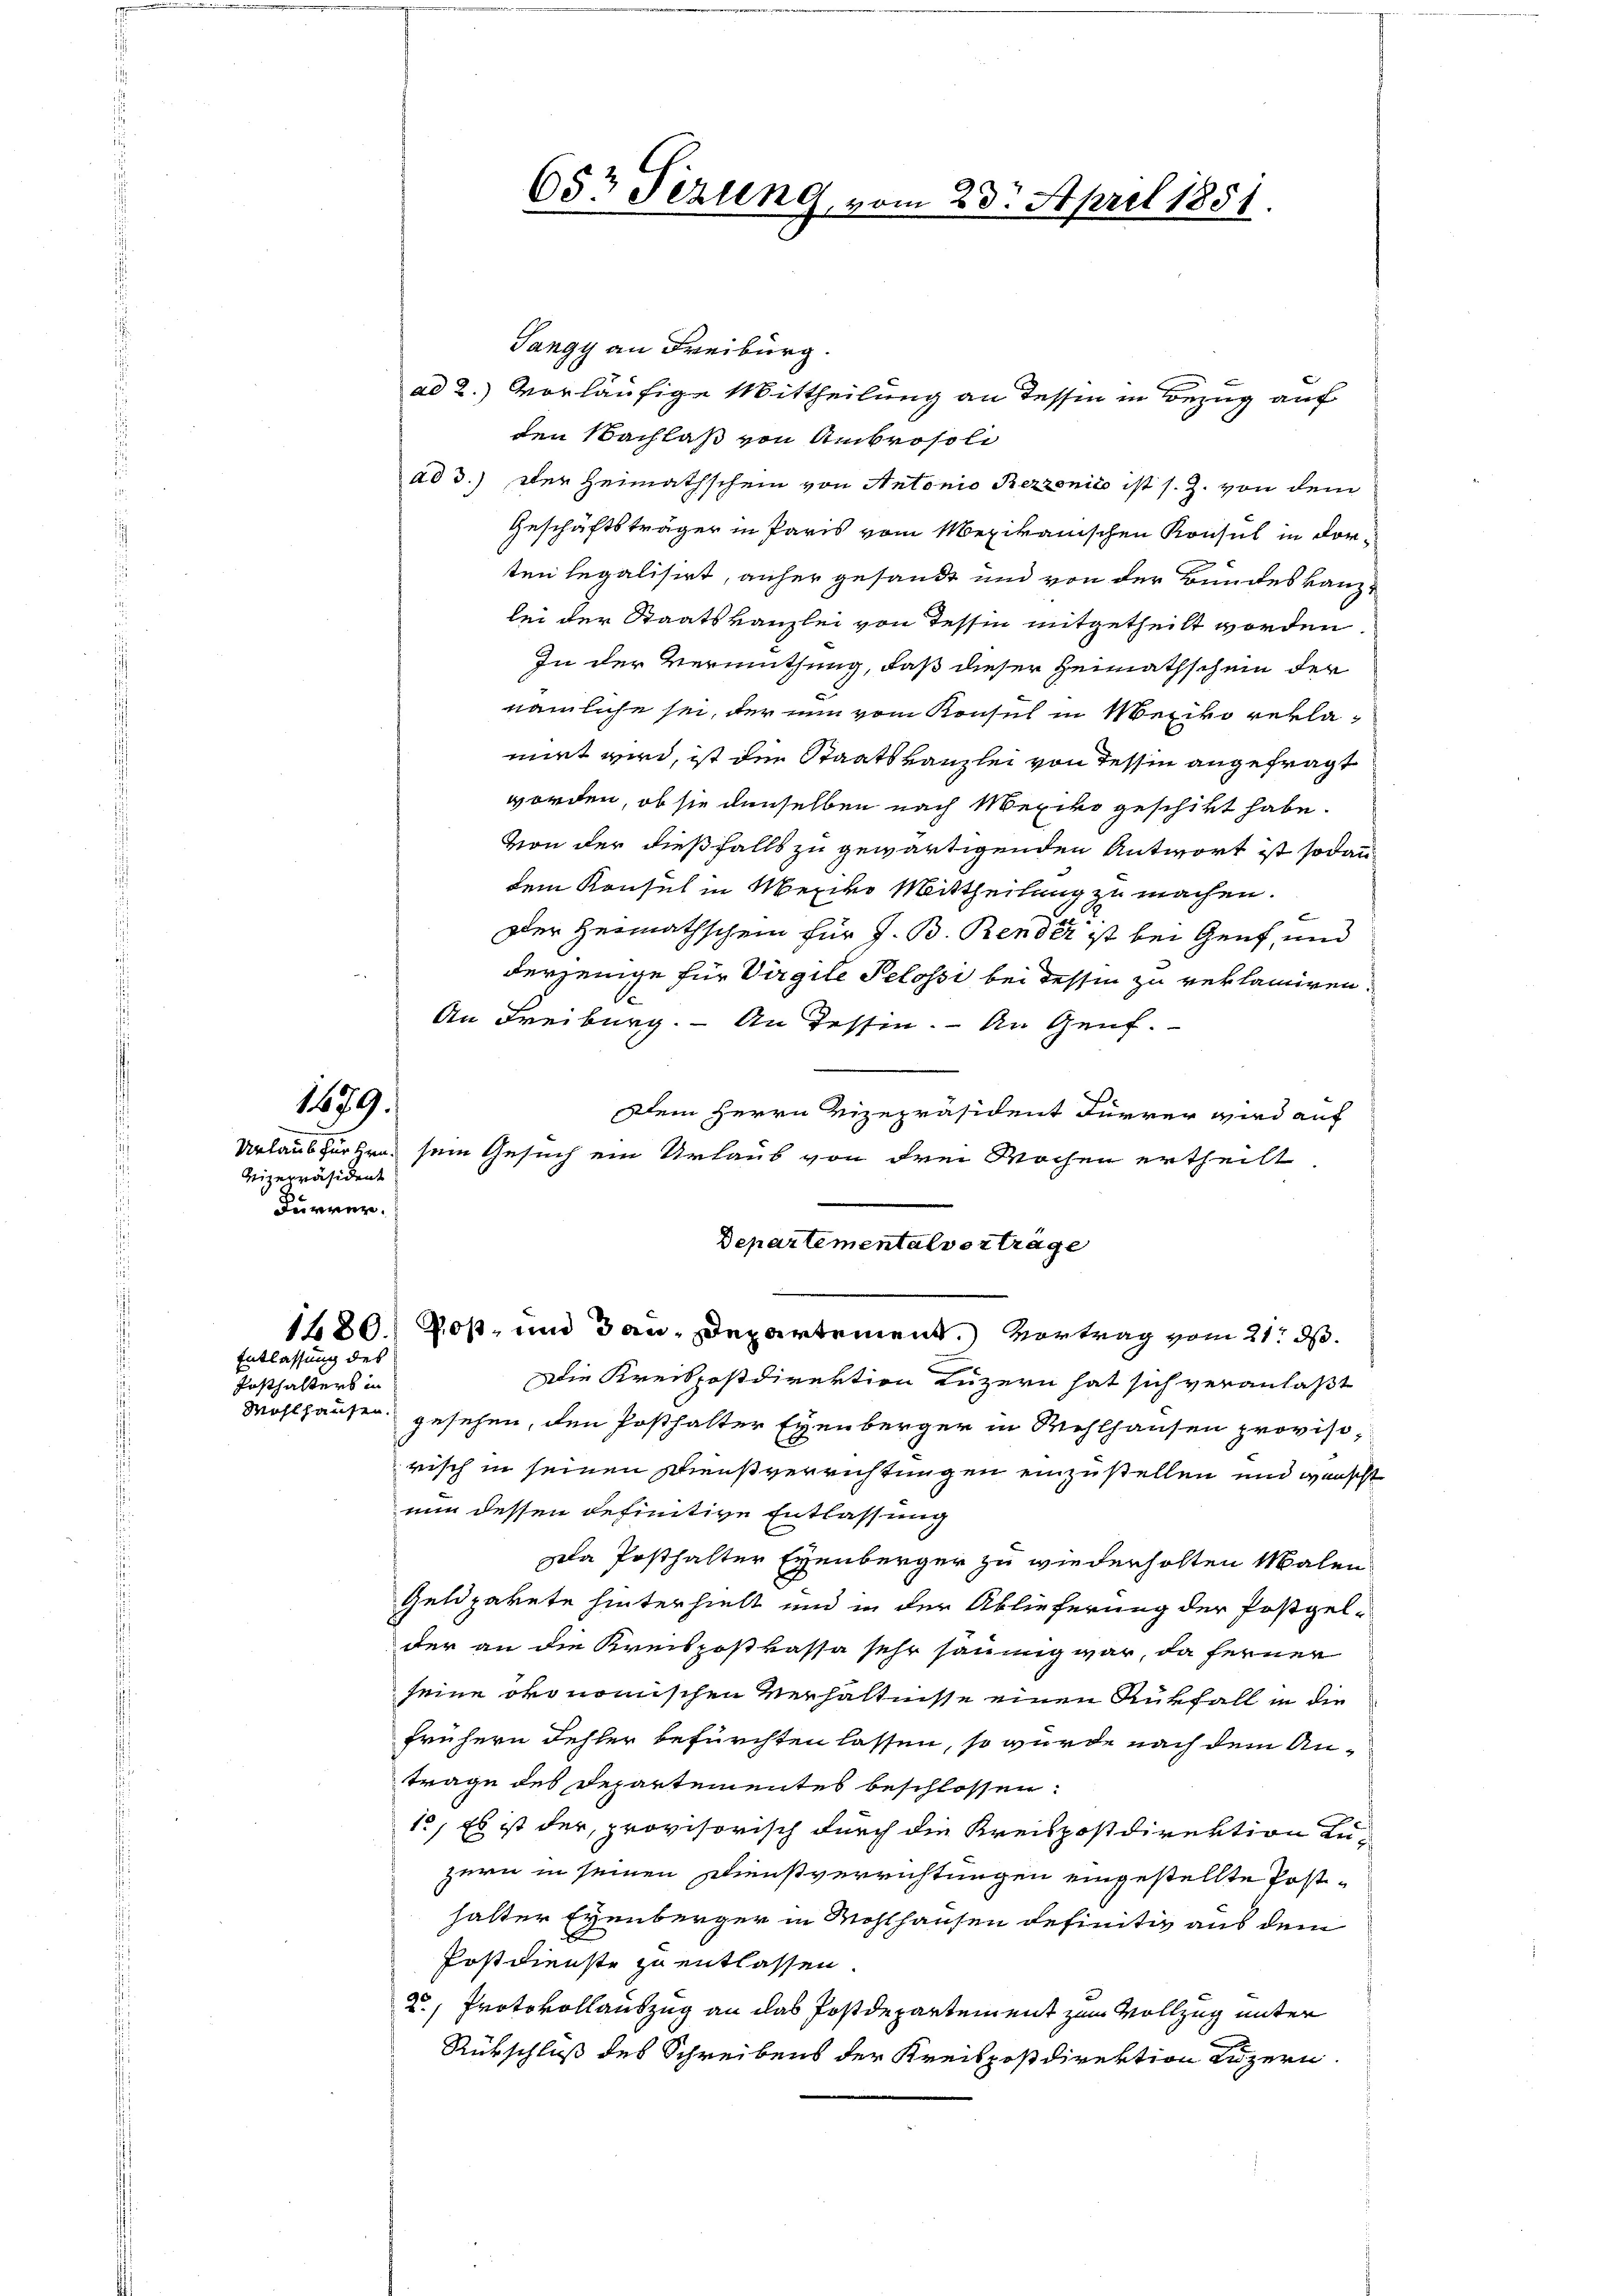
Sangy an Freiburg.
ad 2.) vorläufige Mittheilung an Tessin in Bezug auf
den Nachlaß von Ambrosoli
ad 3.) Der Heimathschein von Antonio Rezzonić ist s. Z. von dem
Geschäftsträger in Paris vom Mexikanischen Konsul in dor-
ten legalisirt, anher gesandt und von der Bundeskanzlei der Staatskanzlei von Tessin mitgetheilt worden
In der Vermuthung, daß dieser Heimathschein der
nämliche sei, der nun vom Konsul in Mexiko reklamirt wird, ist den Staatskanzlei von Tessin angefragt
worden, ob sie denselben nach Mexiko geschikt habe.
von der dießfalls zu gewärtigenden Antwort ist sodann
dem Konsul in Mexiko Mittheilung zu machen.
Der Heimathschein für V. B. Render ist bei Genf, und
derjenige für Virgile Pelossi bei dessen zu verlaniren.
An Freiburg. – An dessen. An Genf.
Dein Herrn Vizepräsident Fürrer wird auf
Urlaubhürhen sein Gesuch ein Urlaub von drei Wochen ertheilt
Post- und dan Departement.) Vortrag vom 21. d.
Die Kreispostdirektion Luzern hat sich veranlaßt
gesehen, den Posthalter Eyenberger in Wohlhausen provisorisch in seinen Wienstverrichtungen einzustellen und wünscht
nun dessen definitive Entlassung
za Posthalter Eyenberger zu wiederholten Malen
Geldpakete hinterhielt und in der Ablieferung der Postgel-
der an die Kreispostkassa sehr haumig war, da ferner
seine ökonomischen Verhältnisse einen Rückfall in die
frühern Fehler befürchten lassen, so würde nach dem An-
trage des Departementes beschlossen:
1., Es ist der provisorisch durch die Kreispostdirektion zu-
zern in seinen Dienstverrichtungen eingestellte Post-
halter Eyenberger in Wohlhausen definitiv aus dem
Postdienste zu entlassen.
2., Protokollauszug an das Postdepartement zum Vollzug unter
Rükschluß des Schreibens der Kreispostdirektion Luzern

179.

Vizepräsident
Furrer.

Posthalters in
Wohlhausen.

1480.
Entlassung des

657 Fezung vom 23. April 1851.

Departementalvertrage